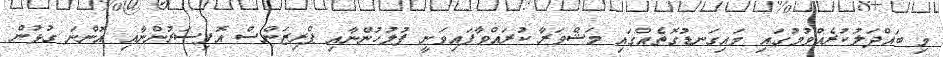
މި ބައްދަލުކުރެއްވުމުގައި މައިގަނޑުގޮތެއްގައި މަޝްވަރާ ކުރައްވާފައިވަނީ ފުލުހުންނާއި ޕްރިޒަންސް އޮފިސަރުންނާއި އޮންނަ ގުޅުން